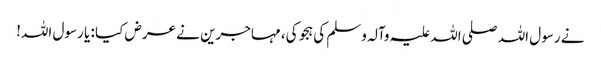
نے رسول اللہ صلی اللہ علیہ وآلہ وسلم کی ہجو کی، مہاجرین نے عرض کیا : یا رسول اللہ!